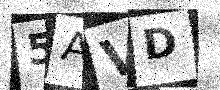
Text: 5AVD